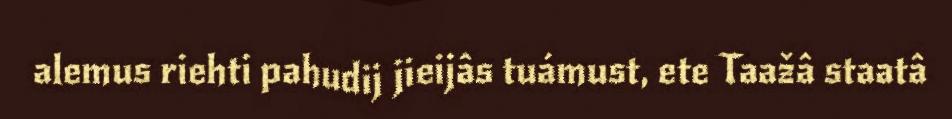
alemus riehti pahudij jieijâs tuámust, ete Taažâ staatâ